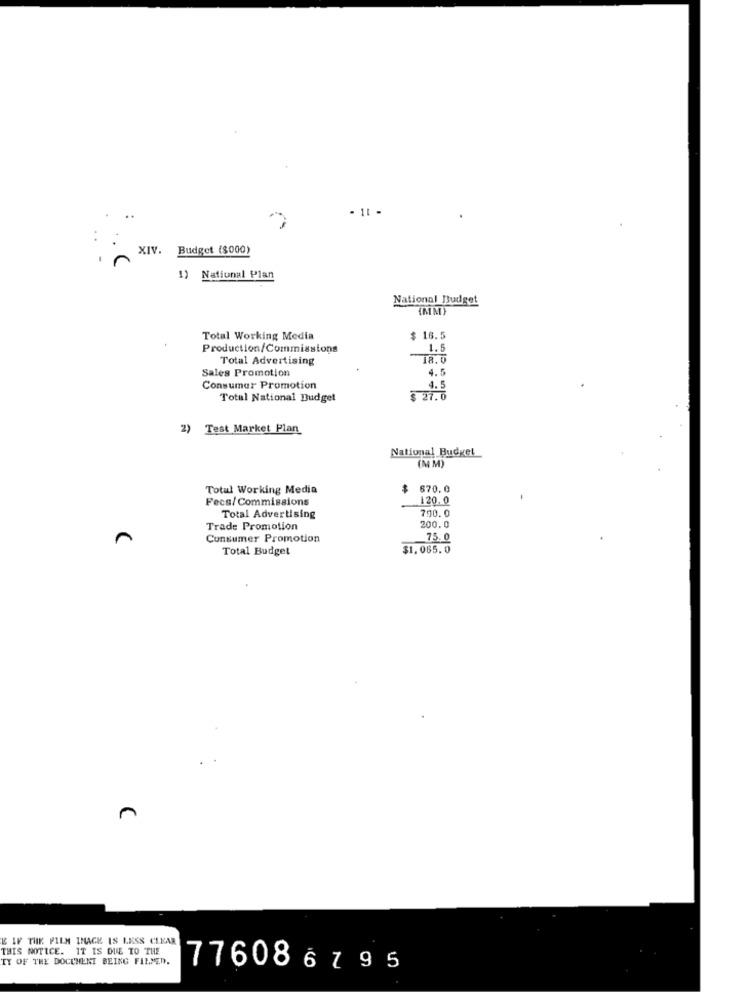
'AIX
Budget ($000)
1) National Plan
National Budget
(MM)
Total Working Media
$ 16.5
Production/Commissions
1.5
Total Advertising
Sales Promotion
4.5
Consumer Promotion
4.5
Total National Budget
2) Test Market Plan
National Budget
(MM)
Totul Working Media
670.0
Fece/Commissions
120.0
790.0
Total Advertising
Trade Promotion
200.0
Consumer Promotion
75.0
Total Budget
$1.065.0
n
E IF THE FILM IMAGE IS LESS CLEAR
THIS NOTICE. IT IS DUE TO THE
TY OF THE DOCUMENT BEING FILMED.
776086795